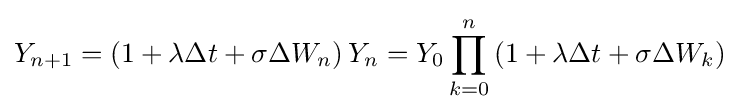
Y_{n+1}=\left(1+\lambda \Delta t+\sigma \Delta W_{n}\right)Y_{n}=Y_{0}\prod _{k=0}^{n}\left(1+\lambda \Delta t+\sigma \Delta W_{k}\right)